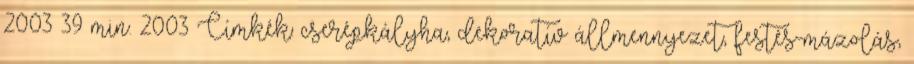
2003 39 min. 2003 Címkék: cserépkályha, dekoratív állmennyezet, festés-mázolás,